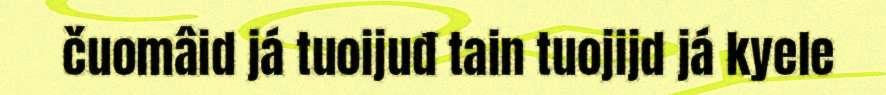
čuomâid já tuoijuđ tain tuojijd já kyele